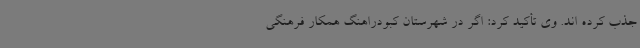
جذب کرده اند. وی تأکید کرد: اگر در شهرستان کبودراهنگ همکار فرهنگی